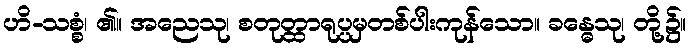
ဟိ-သစ္စံ၊ ၏။ အညေသု၊ စတုတ္ထာရုပ္ပမှတစ်ပါးကုန်သော။ ခန္ဓေသု၊ တို့၌။